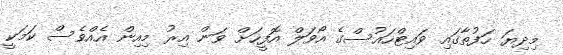
މިދިޔަ ހަފުތާގައި ވައިޓްހައުސްގެ އޯވަލް އޮފީހަށް ވަން އިރު މިއިން އެއްވެސް ކަމަކީ